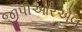
જીપીઆરએલ